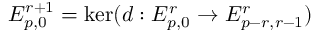
E _ { p , 0 } ^ { r + 1 } = \ker ( d : E _ { p , 0 } ^ { r } \to E _ { p - r , r - 1 } ^ { r } )